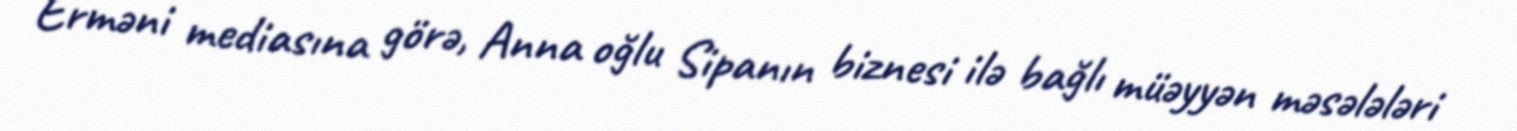
Erməni mediasına görə, Anna oğlu Sipanın biznesi ilə bağlı müəyyən məsələləri